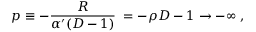
p \equiv - { \frac { R } { \alpha ^ { \prime } ( D - 1 ) } } \; = - { { \rho } \o { D - 1 } } \to - \infty \; ,